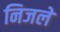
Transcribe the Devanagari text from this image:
निजले